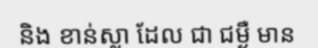
និង ខាន់ស្លា ដែល ជា ជម្ងឺ មាន